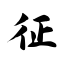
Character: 征